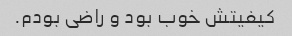
کیفیتش خوب بود و راضی بودم.